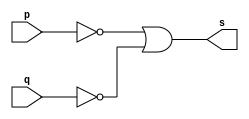
// ---------------------
// Exercicio04 - nand (De Morgan)
// Nome: Raphael Quintao
// ---------------------
// ---------------------
// -- nand gate
// ---------------------
module nandgate (output s, input p, q);
assign s = ~p | ~q;
endmodule // xor
// ---------------------
// -- test xorgate
// ---------------------
module testnandgate;
// ------------------------- dados locais
reg a,b; // definir registrador
wire s; // definir conexao (fio)
// ------------------------- instancia
nandgate nand1 (s, a, b);
// ------------------------- preparacao
initial begin:start
a=0;
b=0; 
end
// ------------------------- parte principal
initial begin:main
$display("Exercicio03 - Raphael Quintao - 445171");
$display("Test nand gate (De morgan)");
$display("\n~a | ~b = s\n");
$monitor("~%b | ~%b = %b", a, b, s);

#1 a=0; b=0; 
#1 a=0; b=1; 
#1 a=1; b=0; 
#1 a=1; b=1;

end
endmodule // testxorgate